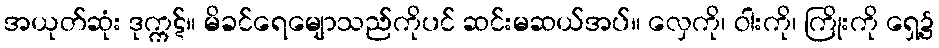
အယုတ်ဆုံး ဒုက္ကဋ်။ မိခင်ရေမျောသည်ကိုပင် ဆင်းမဆယ်အပ်။ လှေကို၊ ဝါးကို၊ ကြိုးကို ရှေ့၌